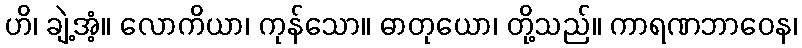
ဟိ၊ ချဲ့အံ့။ လောကိယာ၊ ကုန်သော။ ဓာတုယော၊ တို့သည်။ ကာရဏဘာဝေန၊